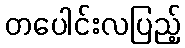
တပေါင်းလပြည့်